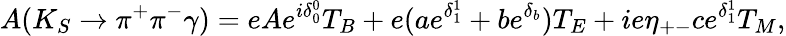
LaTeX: A(K_{S}\rightarrow\pi^{+}\pi^{-}\gamma)=eAe^{i\delta_{0}^{0}}T_{B}+e(ae^{\delta_{1}^{1}}+be^{\delta_{b}})T_{E}+ie\eta_{+-}ce^{\delta_{1}^{1}}T_{M},